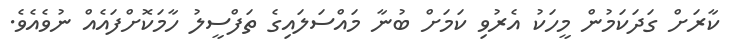
ކާރަށް ގަދަކަމުން މީހަކު އެރުވި ކަމަށް ބުނާ މައްސަލައިގެ ތަފްސީލު ހާމަކޮށްފައެއް ނުވެއެވެ.